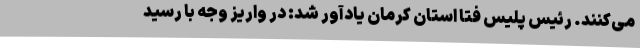
می‌کنند. رئیس پلیس فتا استان کرمان یادآور شد: در واریز وجه با رسید